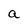
Character: a